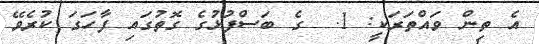
އެ ތިން ވައްތަރަކީ: 1.  ގެ ބަސްފުޅުގެ ގޮތުގައި ފާހަގަ ކުރެވޭ